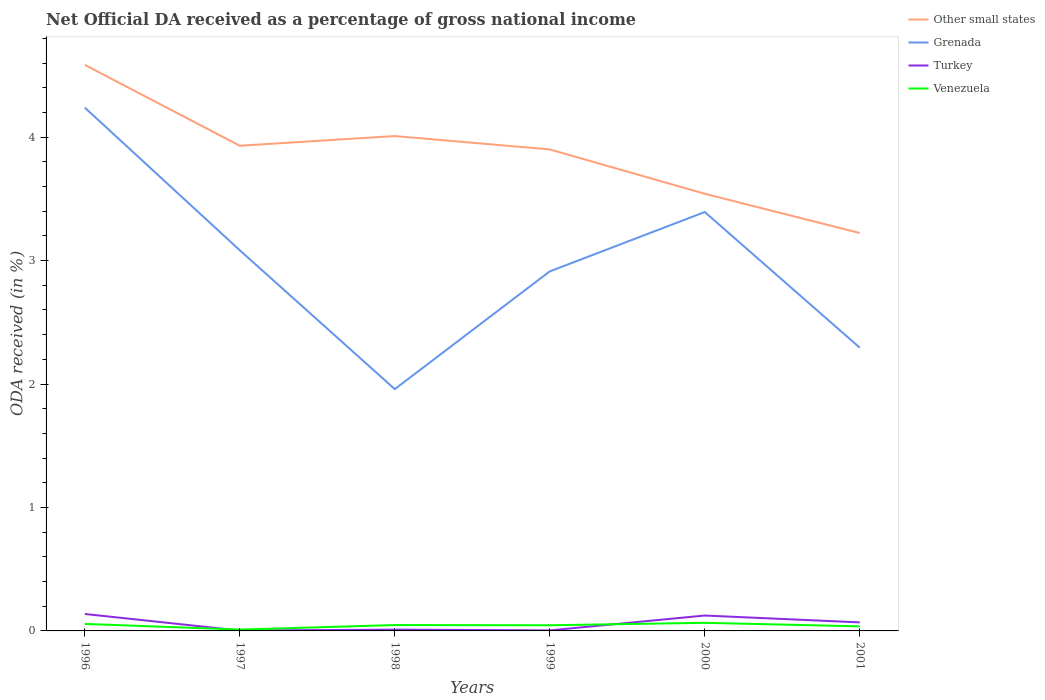
| Years | Other small states | Grenada | Turkey | Venezuela |
 | --- | --- | --- | --- | --- |
 | 1996 | 4.59 | 4.24 | 0.137 | 0.0568 |
 | 1997 | 3.93 | 3.08 | 0.00307 | 0.0107 |
 | 1998 | 4.01 | 1.96 | 0.0106 | 0.0476 |
 | 1999 | 3.9 | 2.91 | 0.00425 | 0.0458 |
 | 2000 | 3.54 | 3.39 | 0.125 | 0.0657 |
 | 2001 | 3.22 | 2.29 | 0.0691 | 0.037 |